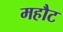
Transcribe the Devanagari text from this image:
महौट